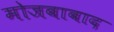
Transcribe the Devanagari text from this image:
मोजबाबाद